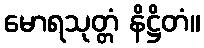
မောရသုတ္တံ နိဋ္ဌိတံ။